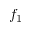
f _ { 1 }